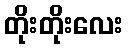
တိုးတိုးလေး